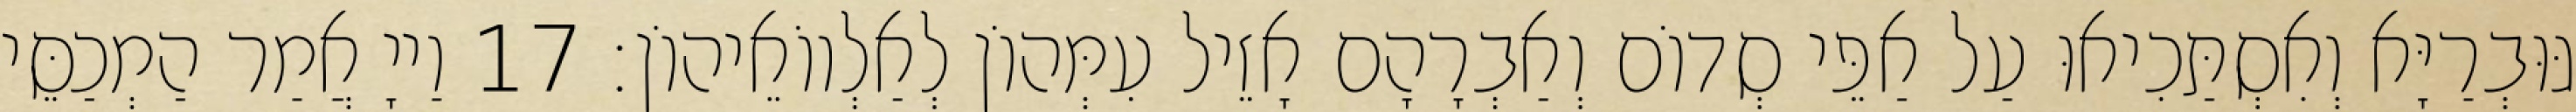
גּוּבְרַיָּא וְאִסְתַּכִיאוּ עַל אַפֵּי סְדוֹם וְאַבְרָהָם אָזֵיל עִמְּהוֹן לְאַלְווֹאֵיהוֹן׃ 17 וַייָ אֲמַר הַמְכַסֵּי